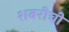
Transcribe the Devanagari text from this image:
शबरीची